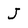
Character: J